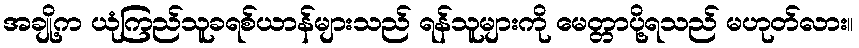
အချို့က ယုံကြည်သူခရစ်ယာန်များသည် ရန်သူများကို မေတ္တာပို့ရသည် မဟုတ်လား။